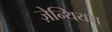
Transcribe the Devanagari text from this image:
ज़ेन्थियम